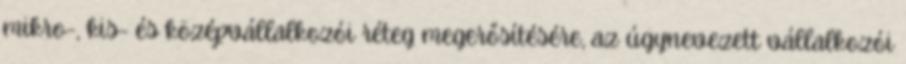
mikro-, kis- és középvállalkozói réteg megerősítésére, az úgynevezett vállalkozói